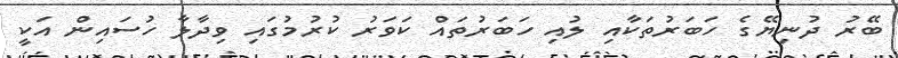
ބޭރު ދުނިޔޭގެ ހަބަރުތަކާއި ލުއި ހަބަރުތަައް ކަވަރު ކުރުމުގައި ވިދާލާ ހުސައިން އަކީ